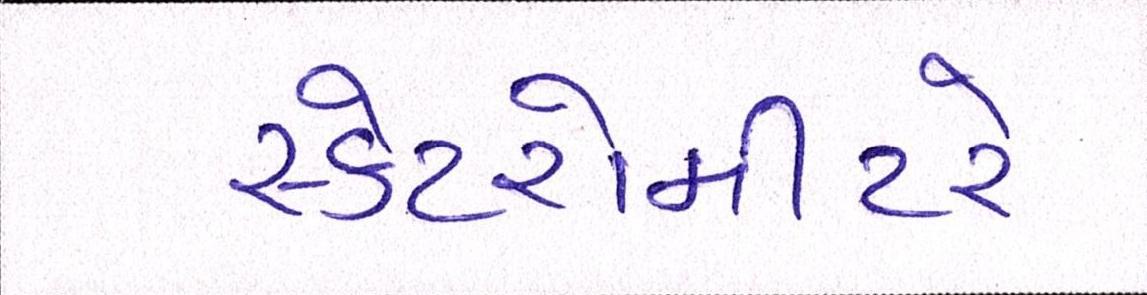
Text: સ્કેટરોમીટરે